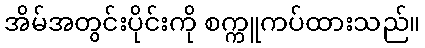
အိမ်အတွင်းပိုင်းကို စက္ကူကပ်ထားသည်။